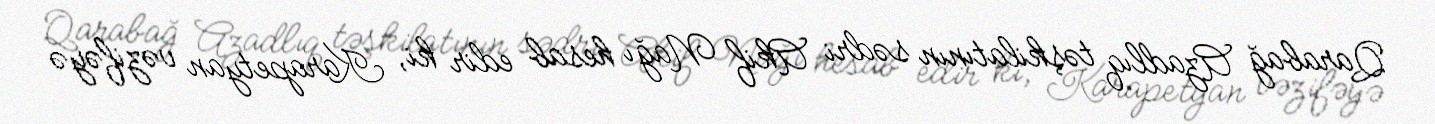
Qarabağ Azadlıq təşkilatının sədri Akif Nağı hesab edir ki, Karapetyan vəzifəyə